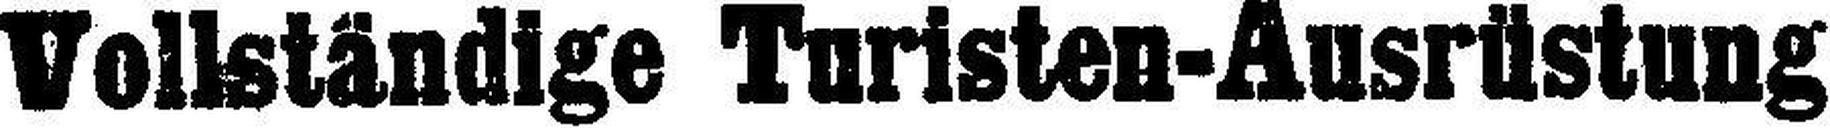
Vollständige Turisten-Ausrüstung